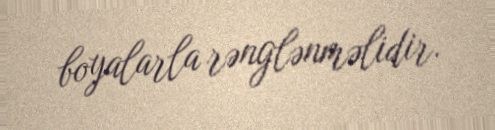
boyalarla rənglənməlidir.